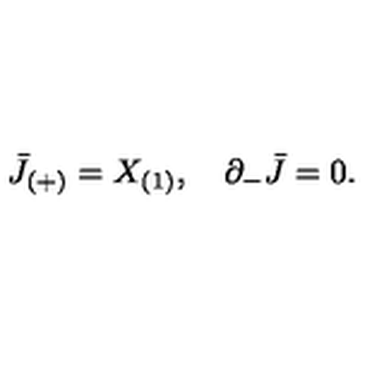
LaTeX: \bar { J } _ { ( + ) } = X _ { ( 1 ) } , \quad \partial _ { - } \bar { J } = 0 .